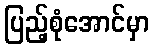
ပြည့်စုံအောင်မှာ